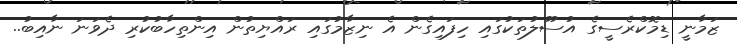
ޒަމާނީ ޑިމޮކްރެސީގެ އުސޫލުތަކުގައި ހިފައިިގެން އެ ނިޒާމުގައި ރައްޔިތުން އިންތިހާބުކުރި ދެވަނަ ނާއިބު..